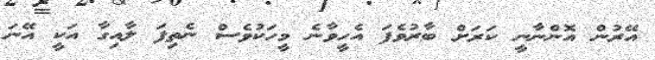
އޭރުން އޮންނާނީ ކަރަށް ބާރުވެފަ އެހީވާނެ މީހަކުވެސް ނެތިފަ ލާއިގާ އަކީ އޭނަ